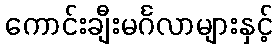
ကောင်းချီးမင်္ဂလာများနှင့်